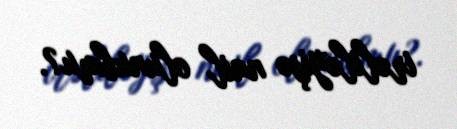
irəliləyişə nail olunubmu?.